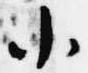
小